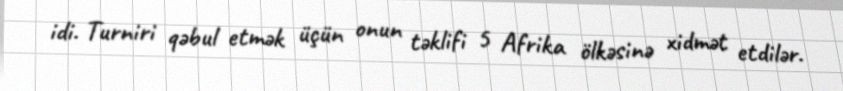
idi. Turniri qəbul etmək üçün onun təklifi 5 Afrika ölkəsinə xidmət etdilər.